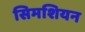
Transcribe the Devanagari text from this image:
सिमशियन